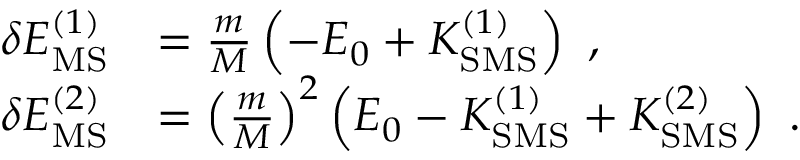
\begin{array} { r l } { \delta E _ { \mathrm { M S } } ^ { ( 1 ) } } & { = \frac { m } { M } \left( - E _ { 0 } + K _ { \mathrm { S M S } } ^ { ( 1 ) } \right) \ , } \\ { \delta E _ { \mathrm { M S } } ^ { ( 2 ) } } & { = \left( \frac { m } { M } \right) ^ { 2 } \left( E _ { 0 } - K _ { \mathrm { S M S } } ^ { ( 1 ) } + K _ { \mathrm { S M S } } ^ { ( 2 ) } \right) \ . } \end{array}